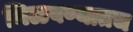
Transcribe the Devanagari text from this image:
मिळवण्यातच